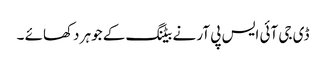
ڈی جی آئی ایس پی آر نے بیٹنگ کے جوہر دکھائے ۔